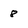
Character: 8